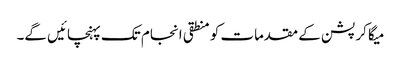
میگا کرپشن کے مقدمات کو منطقی انجام تک پہنچائیں گے۔